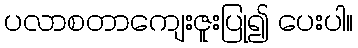
ပလာစတာကျေးဇူးပြု၍ ပေးပါ။